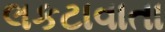
લકટાવાતા